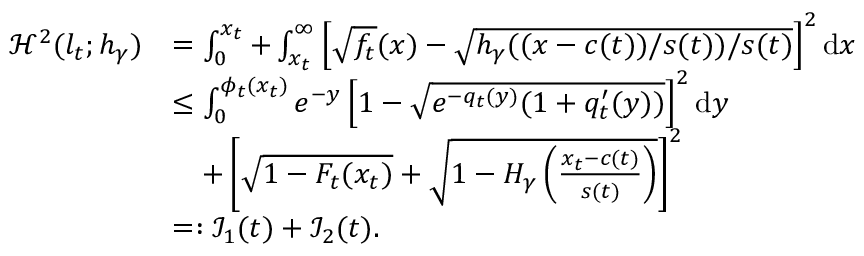
\begin{array} { r l } { { \mathscr { H } } ^ { 2 } ( l _ { t } ; h _ { \gamma } ) } & { = \int _ { 0 } ^ { x _ { t } } + \int _ { x _ { t } } ^ { \infty } \left[ \sqrt { f _ { t } } ( x ) - \sqrt { h _ { \gamma } ( { ( x - c ( t ) ) } / s ( t ) ) / s ( t ) } \right] ^ { 2 } \mathrm { d } x } \\ & { \leq \int _ { 0 } ^ { \phi _ { t } ( x _ { t } ) } e ^ { - y } \left[ 1 - \sqrt { e ^ { { - } q _ { t } ( y ) } ( 1 + q _ { t } ^ { \prime } ( y ) ) } \right] ^ { 2 } \mathrm { d } y } \\ & { \quad + \left[ \sqrt { 1 - F _ { t } ( x _ { t } ) } + \sqrt { 1 - { H _ { \gamma } \left( \frac { x _ { t } - c ( t ) } { s ( t ) } \right) } } \right] ^ { 2 } } \\ & { = : \mathcal { I } _ { 1 } ( t ) + \mathcal { I } _ { 2 } ( t ) { . } } \end{array}